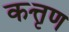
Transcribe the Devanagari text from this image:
कत्तृण